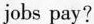
jobs pay?